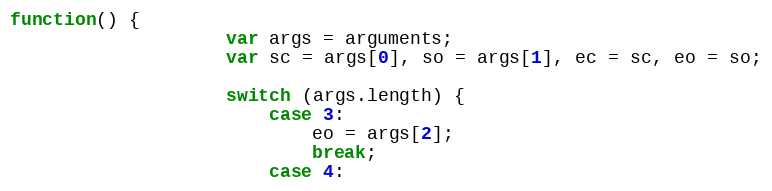
Language: JavaScript
function() {
                    var args = arguments;
                    var sc = args[0], so = args[1], ec = sc, eo = so;

                    switch (args.length) {
                        case 3:
                            eo = args[2];
                            break;
                        case 4: